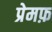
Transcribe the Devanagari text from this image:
प्रेमफ़